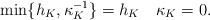
LaTeX: \begin{align*} \min\{h_{K},\kappa_{K}^{-1} \} = h_K \quad\kappa_K = 0.\end{align*}